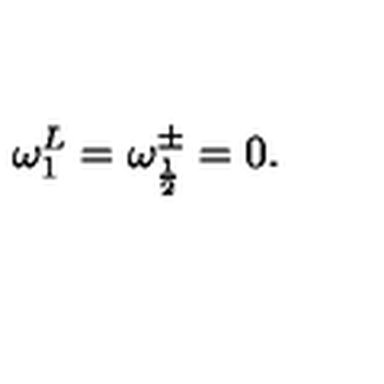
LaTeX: \omega _ { 1 } ^ { L } = \omega _ { \frac { 1 } { 2 } } ^ { \pm } = 0 .